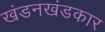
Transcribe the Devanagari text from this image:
खंडनखंडकार